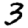
Digit: 3